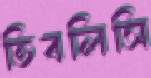
তিবলিসি